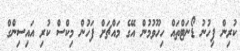
ކުރިން ފިހުނު ޑޯނަޓްތައް ހިހޫވުމުން އޭގެ މައްޗަށް ފަހުން މިކްސް ކުރި އައިސިންގް